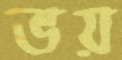
ভয়